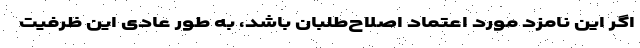
اگر این نامزد مورد اعتماد اصلاح‌طلبان باشد، به طور عادی این ظرفیت